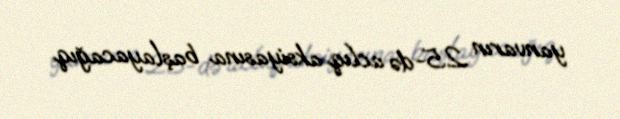
yanvarın 25-də aclıq aksiyasına başlayacağıq.